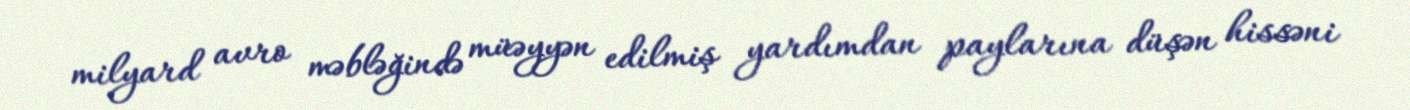
milyard avro məbləğində müəyyən edilmiş yardımdan paylarına düşən hissəni